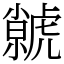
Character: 虩